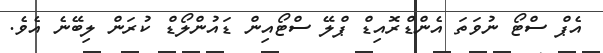
އެޕް ސްޓޯ ނުވަތަ އެންޑްރޮއިޑް ޕްލޭ ސްޓޯއިން ޑައުންލޯޑް ކުރަން ލިބޭނެ އެވެ.